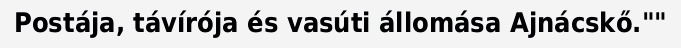
Postája, távírója és vasúti állomása Ajnácskő.""